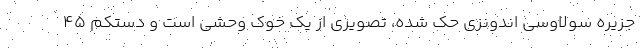
جزیره سولاوسی اندونزی حک شده، تصویری از یک خوک وحشی است و دستکم ۴۵